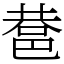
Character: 䢽